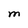
Character: M